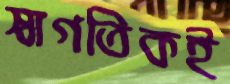
স্বাগতিকই